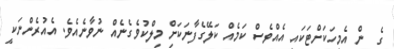
ގެ  ން އެމީހަކަށްޓަކައި އެއްވެސް ކަމެއް ކަލޭގެފާނަކަށްި މިލްކުވެގެނެއް ނުވާނެއެވެ. އެއުރެންނަކީ